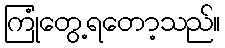
ကြုံတွေ့ရတော့သည်။